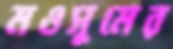
মওসুমের